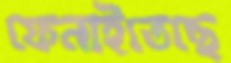
ফেনাইতেছে